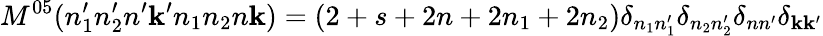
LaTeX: M^{05}(n_{1}^{\prime}n_{2}^{\prime}n^{\prime}\mathbf{k}^{\prime}n_{1}n_{2}n\mathbf{k})=(2+s+2n+2n_{1}+2n_{2})\delta_{n_{1}n_{1}^{\prime}}\delta_{n_{2}n_{2}^{\prime}}\delta_{nn^{\prime}}\delta_{\mathbf{k}\mathbf{k}^{\prime}}